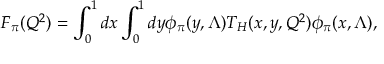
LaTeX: F _ { \pi } ( Q ^ { 2 } ) = \int _ { 0 } ^ { 1 } d x \int _ { 0 } ^ { 1 } d y \phi _ { \pi } ( y , \Lambda ) T _ { H } ( x , y , Q ^ { 2 } ) \phi _ { \pi } ( x , \Lambda ) ,